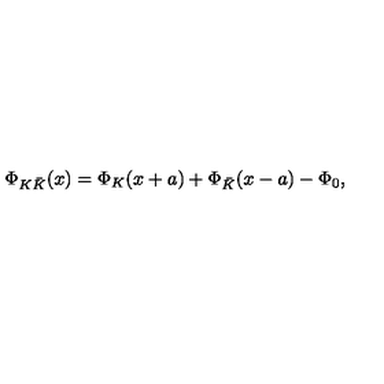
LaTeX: \Phi _ { K \bar { K } } ( x ) = \Phi _ { K } ( x + a ) + \Phi _ { \bar { K } } ( x - a ) - \Phi _ { 0 } ,